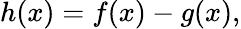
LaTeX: h(x)=f(x)-g(x),